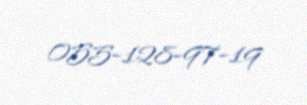
055-128-97-19